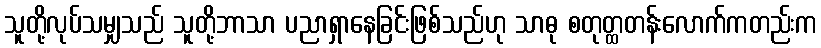
သူတို့လုပ်သမျှသည် သူတို့ဘာသာ ပညာရှာနေခြင်းဖြစ်သည်ဟု သာဓု စတုတ္ထတန်းလောက်ကတည်းက